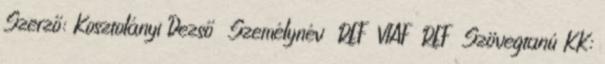
Szerző: Kosztolányi Dezső Személynév REF VIAF REF Szövegtanú KK: